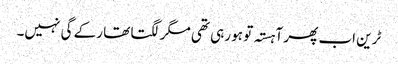
ٹرین اب پھر آہستہ تو ہو رہی تھی مگر لگتا تھا رکے گی نہیں۔